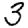
Digit: 3